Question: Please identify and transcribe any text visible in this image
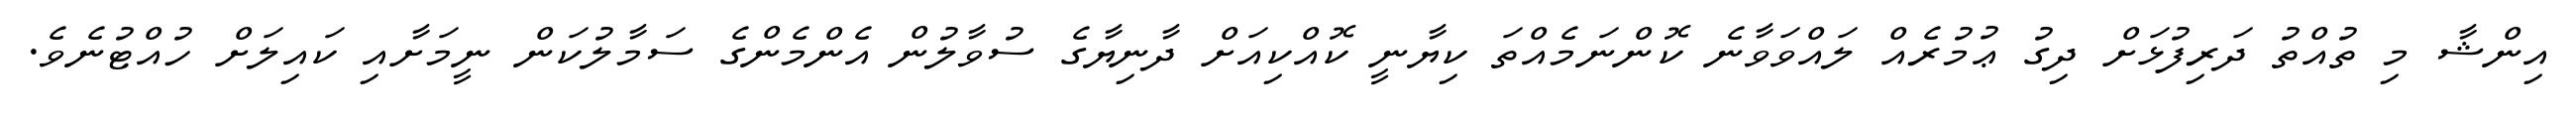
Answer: އިންޝާ މި ތުއްތު ދަރިފުޅަށް ދިގު ޢުމުރެއް ލައްވަވާނެ ކޮންނަމެއްތަ ކިޔާނީ ކޮއްކިއަށް ދާނިޔާގެ ސުވާލުން އެންމެންގެ ސަމާލުކަން ނީމަށާއި ކައިލަށް ހުއްޓުނެވެ.